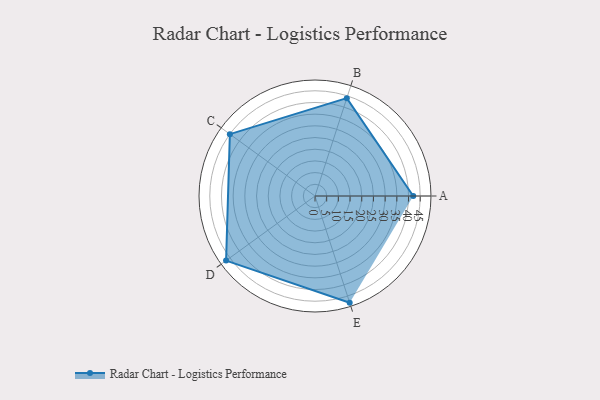
{"axis": {"x": "Skill", "y": "Score"}, "legend": ["Profile"], "data": [{"x": "A", "y": 42.0, "type": "Profile"}, {"x": "B", "y": 44.0, "type": "Profile"}, {"x": "C", "y": 45.0, "type": "Profile"}, {"x": "D", "y": 47.0, "type": "Profile"}, {"x": "E", "y": 48.0, "type": "Profile"}]}